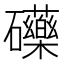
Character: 𮁚